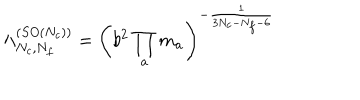
{ \Lambda _ { N _ { c } , N _ { f } } ^ { ( S O ( N _ { c } ) ) } } = \left( b ^ { 2 } \prod _ { a } m _ { a } \right) ^ { - { \frac { 1 } { 3 N _ { c } - N _ { f } - 6 } } }